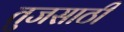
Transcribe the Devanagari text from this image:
तुजसाठी